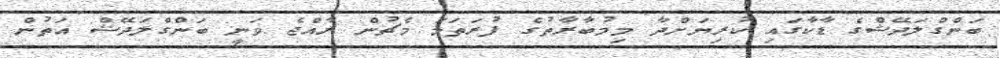
ބަންގްލަދޭޝްގެ ޑާކާގައި ކުރިޔަށްދާ މިމުބާރާތުގެ ފުރަތަމަ މެޗުން ރާއްޖެ ވަނީ ބަންގްލަދޭޝް އަތުން